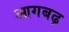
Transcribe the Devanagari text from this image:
आगबढ़